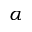
\alpha